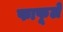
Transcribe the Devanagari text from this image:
फाफूले